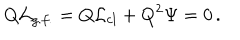
Q { \cal L } _ { g . f . } = Q { \cal L } _ { c l } + Q ^ { 2 } \Psi = 0 \, .